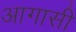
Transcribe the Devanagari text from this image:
आगासी